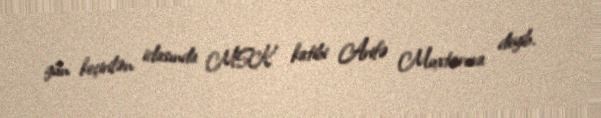
gün keçirilən iclasında MSK katibi Arifə Muxtarova deyib.